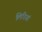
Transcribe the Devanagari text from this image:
लिरियां